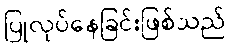
ပြုလုပ်နေခြင်းဖြစ်သည်